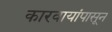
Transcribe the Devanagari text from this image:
कारवायांपासून